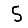
Digit: 5